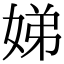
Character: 娣